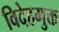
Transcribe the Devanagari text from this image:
विदेहमुक्त